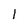
Character: l